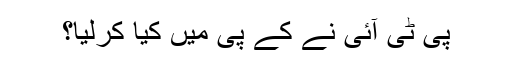
پی ٹی آئی نے کے پی میں کیا کرلیا؟